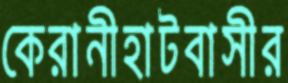
কেরানীহাটবাসীর